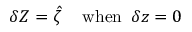
\delta \boldsymbol Z = \boldsymbol { \hat { \zeta } } \, \quad \mathrm { w h e n } \, \ \delta \boldsymbol z = \boldsymbol 0